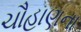
ચૌહાણના